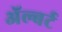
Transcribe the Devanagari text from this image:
ॲल्बर्ट